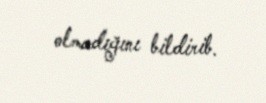
olmadığını bildirib.